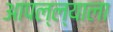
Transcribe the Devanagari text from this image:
आपल्ल्याला